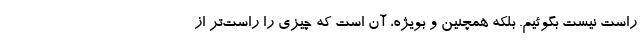
راست نیست بگوئیم. بلکه همچنین و بویژه، آن است که چیزی را راست‌تر از